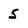
Character: 5